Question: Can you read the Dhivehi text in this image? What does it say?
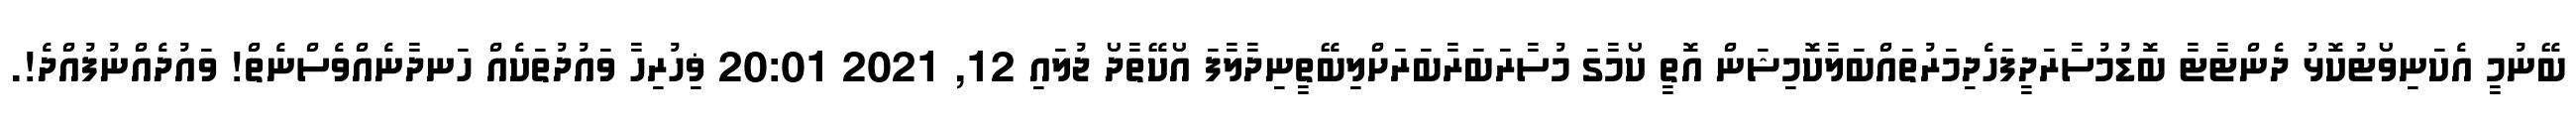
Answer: ބޭނުމީ އެކަނިވޯޓުކޮޅު ދެންޓާޓާ ބޮޑުމުސާރަދީފަހެދިމަރުތައްބަލާކޮމިޝަން އޮތީ ކޯމާގަ މުސާރަބަރާބަރަށްލިބޭތީނިދާލާފަ އޯކޭތާދޯ ޖުލައި 12, 2021 20:01 ޥިހުރިހާ ވައުދުތަކެއް ހަނދާނެއްވެސްނެތް! ވައުދެއްނުފުއްދެ!.